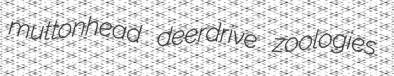
muttonhead deerdrive zoologies